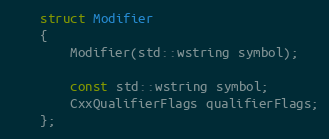
Language: C
	struct Modifier
	{
		Modifier(std::wstring symbol);

		const std::wstring symbol;
		CxxQualifierFlags qualifierFlags;
	};